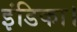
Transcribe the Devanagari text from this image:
इंडिका।